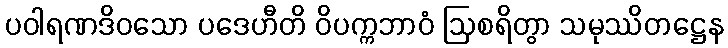
ပဝါရဏဒိဝသော ပဒေဟီတိ ဝိပက္ကဘာဝံ ဩစရိတွာ သမုဿိတဋ္ဌေန